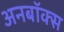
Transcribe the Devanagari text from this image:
अनबॉक्स